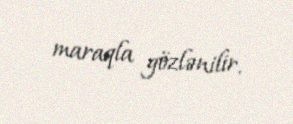
maraqla gözlənilir.